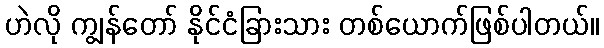
ဟဲလို ကျွန်တော် နိုင်ငံခြားသား တစ်ယောက်ဖြစ်ပါတယ်။